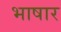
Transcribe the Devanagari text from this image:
भाषार